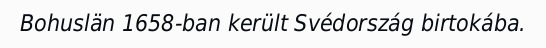
Bohuslän 1658-ban került Svédország birtokába.